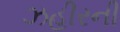
ઝહીરની